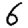
Digit: 6